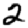
Digit: 2